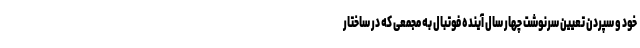
خود و سپردن تعیین سرنوشت چهار سال آینده فوتبال به مجمعی که در ساختار